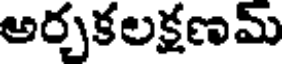
అర్చకలక్షణమ్